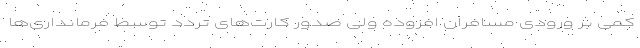
کمی بر ورودی مسافران افزوده ولی صدور کارت‌های تردد توسط فرمانداری‌ها